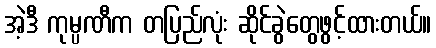
အဲ့ဒီ ကုမ္ပဏီက တပြည်လုံး ဆိုင်ခွဲတွေဖွင့်ထားတယ်။